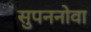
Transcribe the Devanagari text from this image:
सुपननोवा